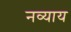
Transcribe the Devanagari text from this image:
नव्याय